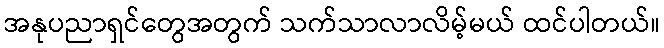
အနုပညာရှင်တွေအတွက် သက်သာလာလိမ့်မယ် ထင်ပါတယ်။